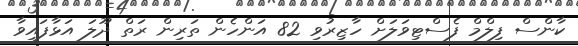
ކާންސް ފިލްމް ފެސްޓިވަލަށް ހާޒިރުވި 82 އަންހެން ތަރިން ރަތް ދޫލަ އަޅާފައިވާ